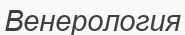
Венерология